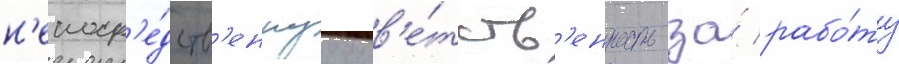
н'епоср'е́дств'еннуу отв'е́тств'енность за́ рабо́ту